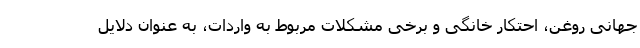
جهانی روغن، احتکار خانگی و برخی مشکلات مربوط به واردات، به عنوان دلایل